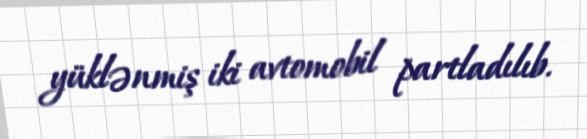
yüklənmiş iki avtomobil partladılıb.